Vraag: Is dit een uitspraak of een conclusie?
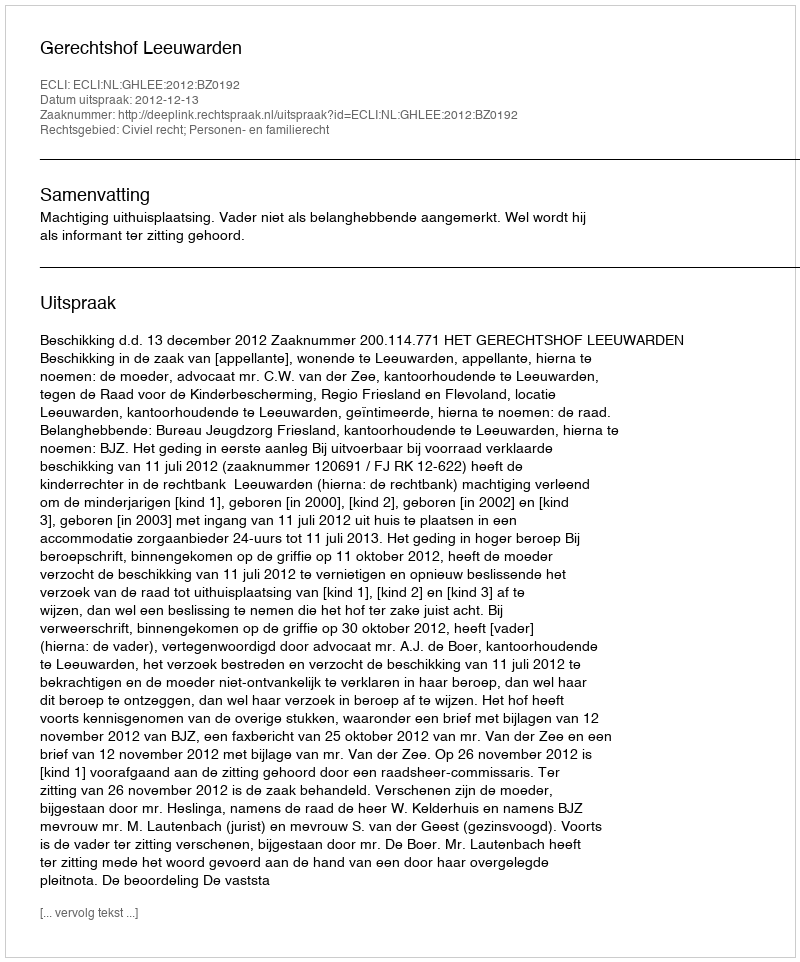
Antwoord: Uitspraak